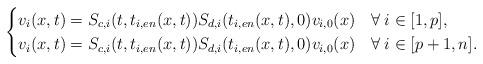
LaTeX: \begin{align*} \begin{cases} v_i(x,t)=S_{c,i}(t,t_{i,en}(x,t))S_{d,i}(t_{i,en}(x,t),0)v_{i,0}(x) & \forall\:i\in[1,p],\\ v_i(x,t)=S_{c,i}(t,t_{i,en}(x,t))S_{d,i}(t_{i,en}(x,t),0)v_{i,0}(x) & \forall\:i\in[p+1,n]. \end{cases} \end{align*}